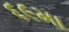
૬૯મા